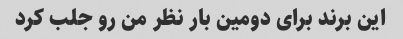
این برند برای دومین بار نظر من رو جلب کرد